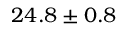
2 4 . 8 \pm 0 . 8